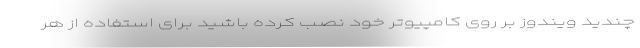
چندید ویندوز بر روی کامپیوتر خود نصب کرده باشید برای استفاده از هر